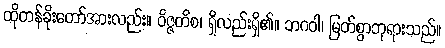
ထိုတန်ခိုးတော်အားလည်း။ ဝိဇ္ဇတိစ၊ ရှိလည်းရှိ၏။ ဘဂဝါ၊ မြတ်စွာဘုရားသည်။